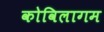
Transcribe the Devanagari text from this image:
कोविलागम